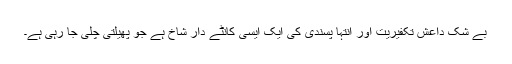
بے شک داعش تکفیریت اور انتہا پسندی کی ایک ایسی کانٹے دار شاخ ہے جو پھیلتی چلی جا رہی ہے۔